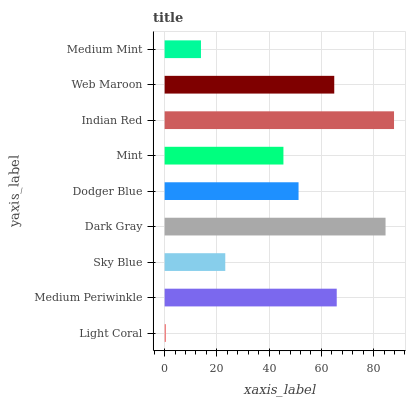
| yaxis_label | bars |
 | --- | --- |
 | Light Coral | 0.516 |
 | Medium Periwinkle | 65.9 |
 | Sky Blue | 23.2 |
 | Dark Gray | 84.6 |
 | Dodger Blue | 51.3 |
 | Mint | 45.5 |
 | Indian Red | 87.8 |
 | Web Maroon | 64.9 |
 | Medium Mint | 13.9 |